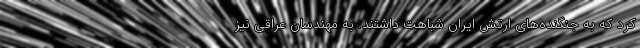
کرد که به جنگنده‌های ارتش ایران شباهت داشتند. به مهندسان عراقی نیز